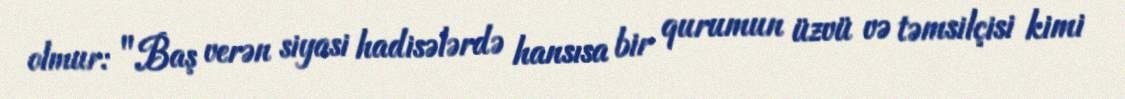
olmur: "Baş verən siyasi hadisələrdə hansısa bir qurumun üzvü və təmsilçisi kimi